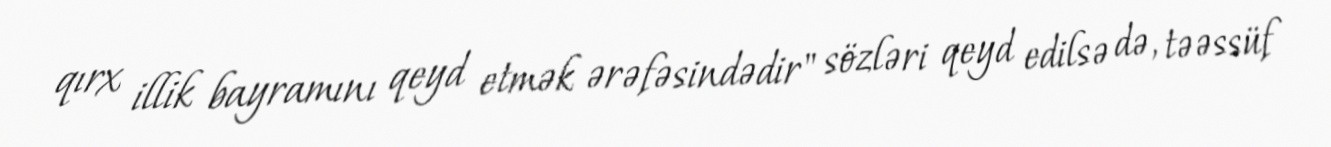
qırx illik bayramını qeyd etmək ərəfəsindədir" sözləri qeyd edilsə də, təəssüf